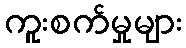
ကူးစက်မှုများ